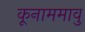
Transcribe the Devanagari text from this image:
कूनाममावु